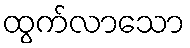
ထွက်လာသော